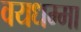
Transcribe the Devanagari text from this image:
वयधम्मा